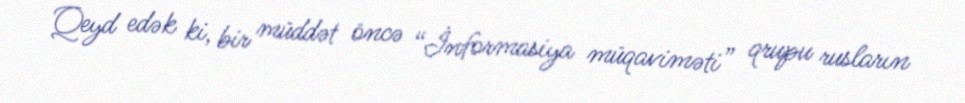
Qeyd edək ki, bir müddət öncə “İnformasiya müqaviməti” qrupu rusların